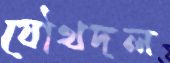
যৌথদল